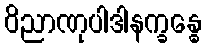
ဝိညာဏုပါဒါနက္ခန္ဓေ